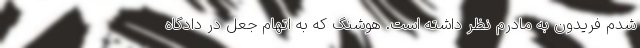
شدم فریدون به مادرم نظر داشته است. هوشنگ که به اتهام جعل در دادگاه